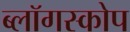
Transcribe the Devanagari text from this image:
ब्लॉगस्कोप